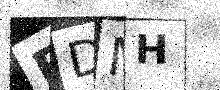
Text: BDMH